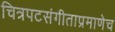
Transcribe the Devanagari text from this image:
चित्रपटसंगीताप्रमाणेच